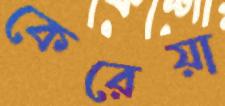
কেরেয়া